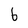
Character: 6